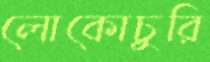
লোকোচুরি